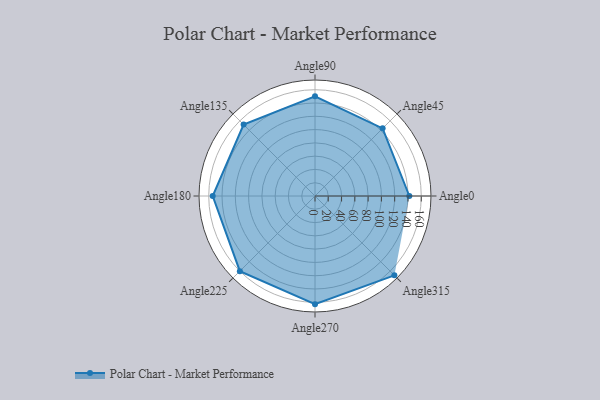
{"axis": {"x": "Angle", "y": "Radius"}, "legend": [""], "data": [{"x": "Angle0", "y": 142.0, "type": ""}, {"x": "Angle45", "y": 144.0, "type": ""}, {"x": "Angle90", "y": 150.0, "type": ""}, {"x": "Angle135", "y": 152.0, "type": ""}, {"x": "Angle180", "y": 154.0, "type": ""}, {"x": "Angle225", "y": 160.0, "type": ""}, {"x": "Angle270", "y": 163.0, "type": ""}, {"x": "Angle315", "y": 169.0, "type": ""}]}